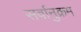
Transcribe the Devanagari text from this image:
सर्वानुक्रम